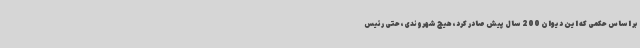
بر اساس حکمی که این دیوان 200 سال پیش صادر کرد، هیچ شهروندی، حتی رئیس